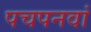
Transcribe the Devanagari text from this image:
पचपनवां